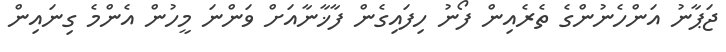
ޖަޕާނު އަންހެނުންގެ ތެރެއިން ފޯނު ހިފައިގެން ފާޚާނާއަށް ވަންނަ މީހުން އެންމެ ގިނައިން